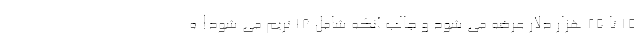
15 تا 25 هزار دلار عرضه می شود و جالب آنکه شامل 18 تریم می شود! ه